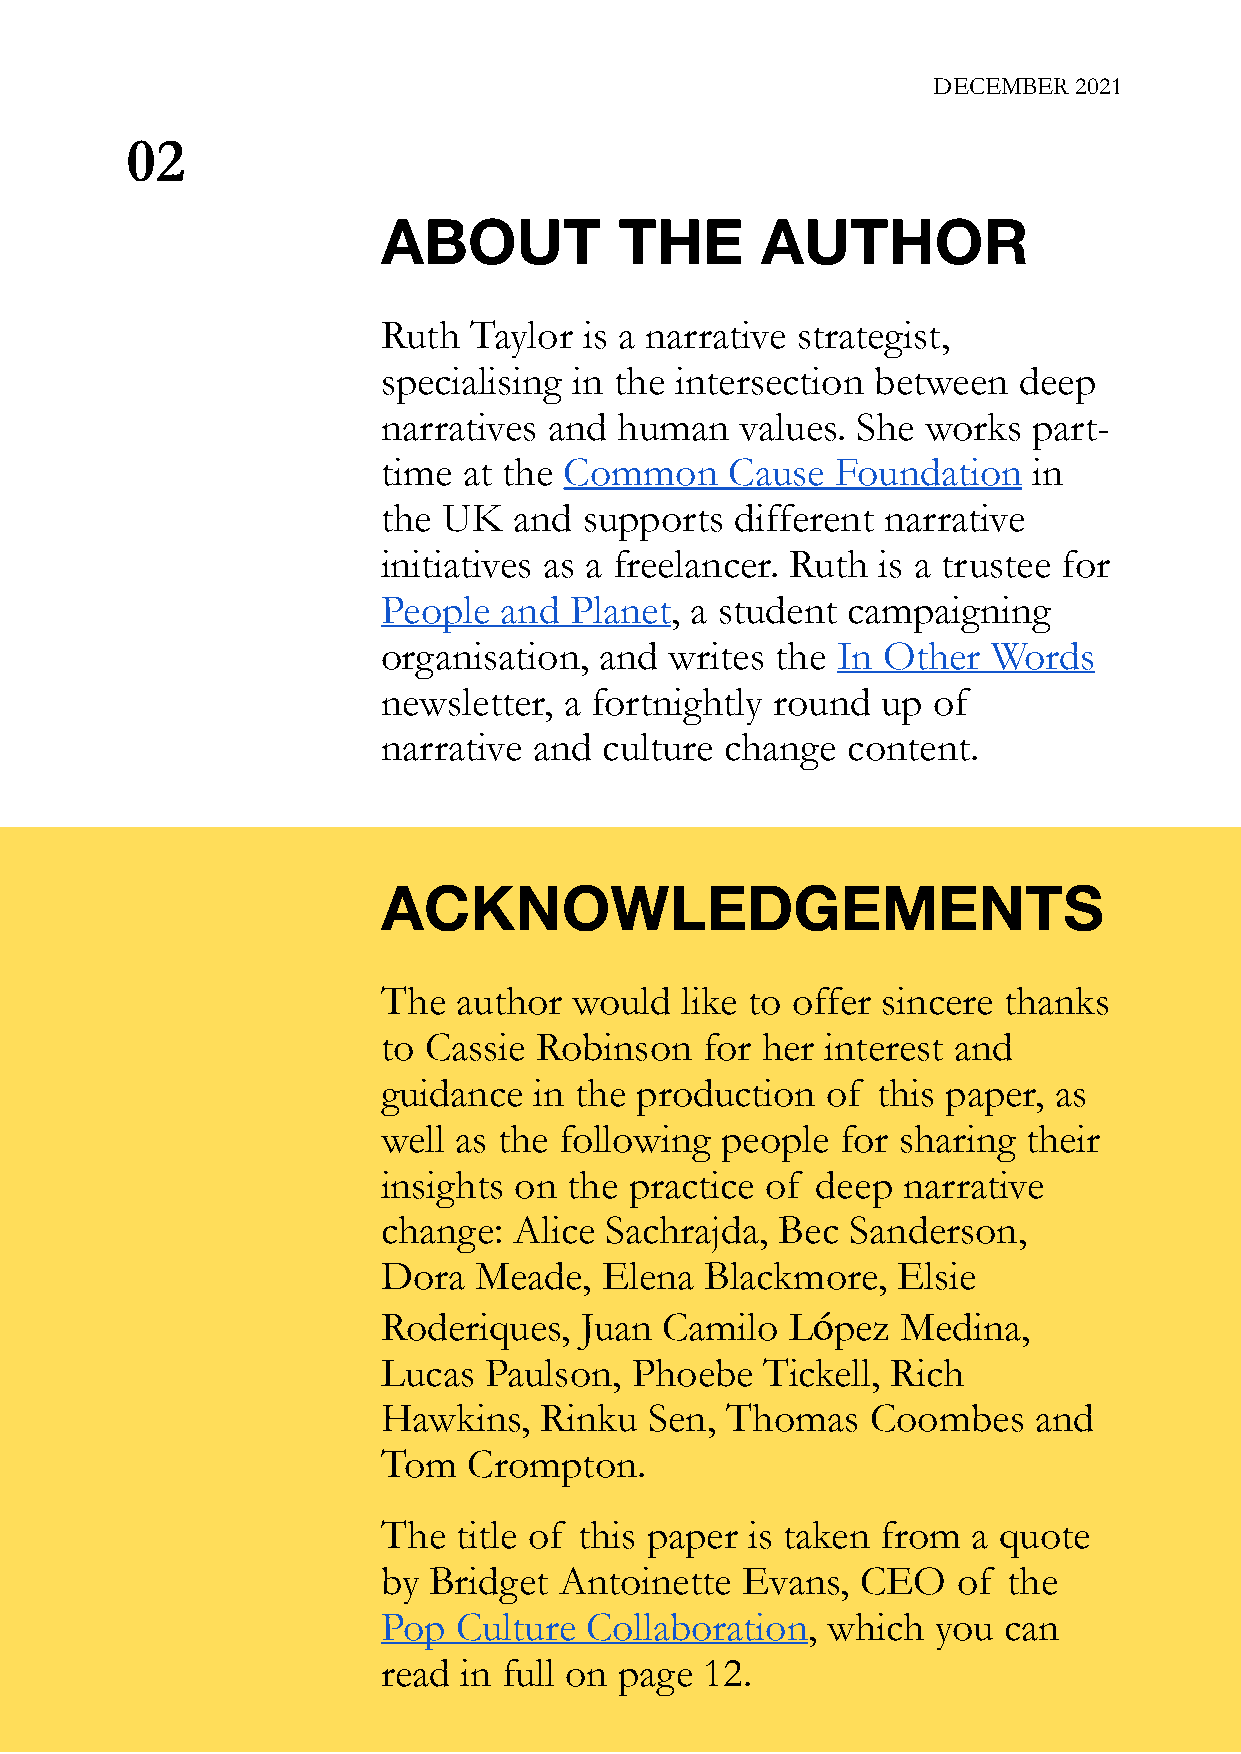
DECEMBER 2021
 02
 ABOUT           THE      AUTHOR
 Ruth  Taylor  is a narrative strategist,
 specialising in the intersection between  deep
 narratives and  human   values. She works  part-
 time  at the Common    Cause  Foundation   in
 the UK   and  supports  different narrative
 initiatives as a freelancer. Ruth is a trustee for
 People  and  Planet, a student campaigning
 organisation,  and writes the In Other   Words
 newsletter, a fortnightly round  up  of
 narrative and  culture change  content.
 ACKNOWLEDGEMENTS
 The  author  would  like to offer sincere thanks
 to Cassie Robinson   for her  interest and
 guidance  in the production   of this paper, as
 well as the following  people  for sharing their
 insights on  the practice of deep  narrative
 change:  Alice Sachrajda,  Bec Sanderson,
 Dora  Meade,   Elena  Blackmore,  Elsie
 Roderiques,  Juan  Camilo  López   Medina,
 Lucas  Paulson,  Phoebe   Tickell, Rich
 Hawkins,   Rinku  Sen, Thomas    Coombes   and
 Tom   Crompton.
 The  title of this paper is taken from a quote
 by Bridget  Antoinette  Evans,  CEO   of  the
 Pop  Culture  Collaboration,  which  you can
 read in full on page  12.